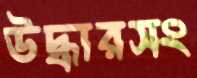
উদ্ধারসং